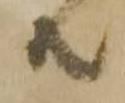
共